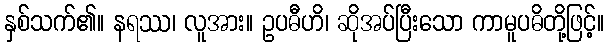
နှစ်သက်၏။ နရဿ၊ လူအား။ ဥပဓီဟိ၊ ဆိုအပ်ပြီးသော ကာမူပဓိတို့ဖြင့်။